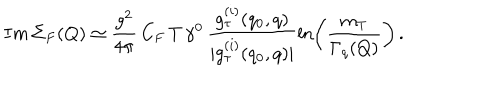
LaTeX: I m \, \Sigma _ { F } ( Q ) \simeq \frac { g ^ { 2 } } { 4 \pi } \, C _ { F } \, T \, \gamma ^ { 0 } \, \frac { g _ { \tau } ^ { ( i ) } ( q _ { 0 } , q ) } { | g _ { \tau } ^ { ( i ) } ( q _ { 0 } , q ) | } \ln \left( \frac { m _ { T } } { \Gamma _ { q } ( Q ) } \right) \, .